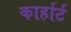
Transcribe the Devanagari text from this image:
कार्हार्ट